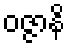
ဝဇ္ဇာနိ